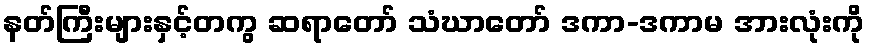
နတ်ကြီးများနှင့်တကွ ဆရာတော် သံဃာတော် ဒကာ-ဒကာမ အားလုံးကို